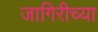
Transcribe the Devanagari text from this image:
जागिरीच्या